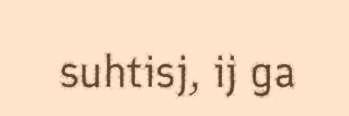
suhtisj, ij ga